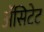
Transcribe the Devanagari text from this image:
ॲसिटेट